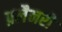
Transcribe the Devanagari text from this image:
फ़्लैनरो